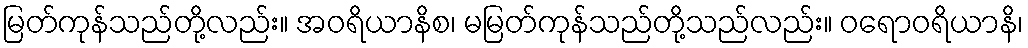
မြတ်ကုန်သည်တို့လည်း။ အဝရိယာနိစ၊ မမြတ်ကုန်သည်တို့သည်လည်း။ ဝရောဝရိယာနိ၊